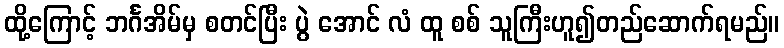
ထို့ကြောင့် ဘင်္ဂအိမ်မှ စတင်ပြီး ပွဲ အောင် လံ ထူ စစ် သူကြီးဟူ၍တည်ဆောက်ရမည်။